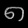
Digit: ၈